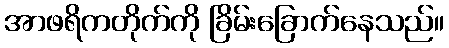
အာဖရိကတိုက်ကို ခြိမ်းခြောက်နေသည်။